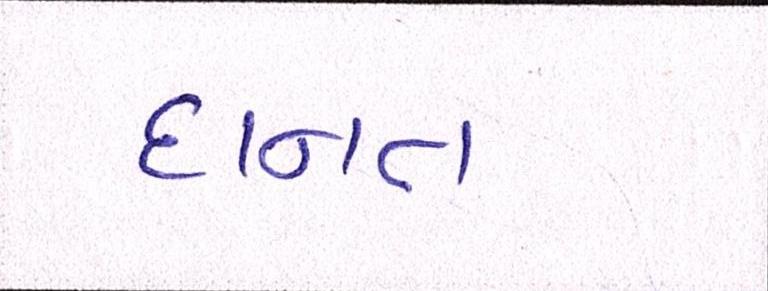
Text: દાનત